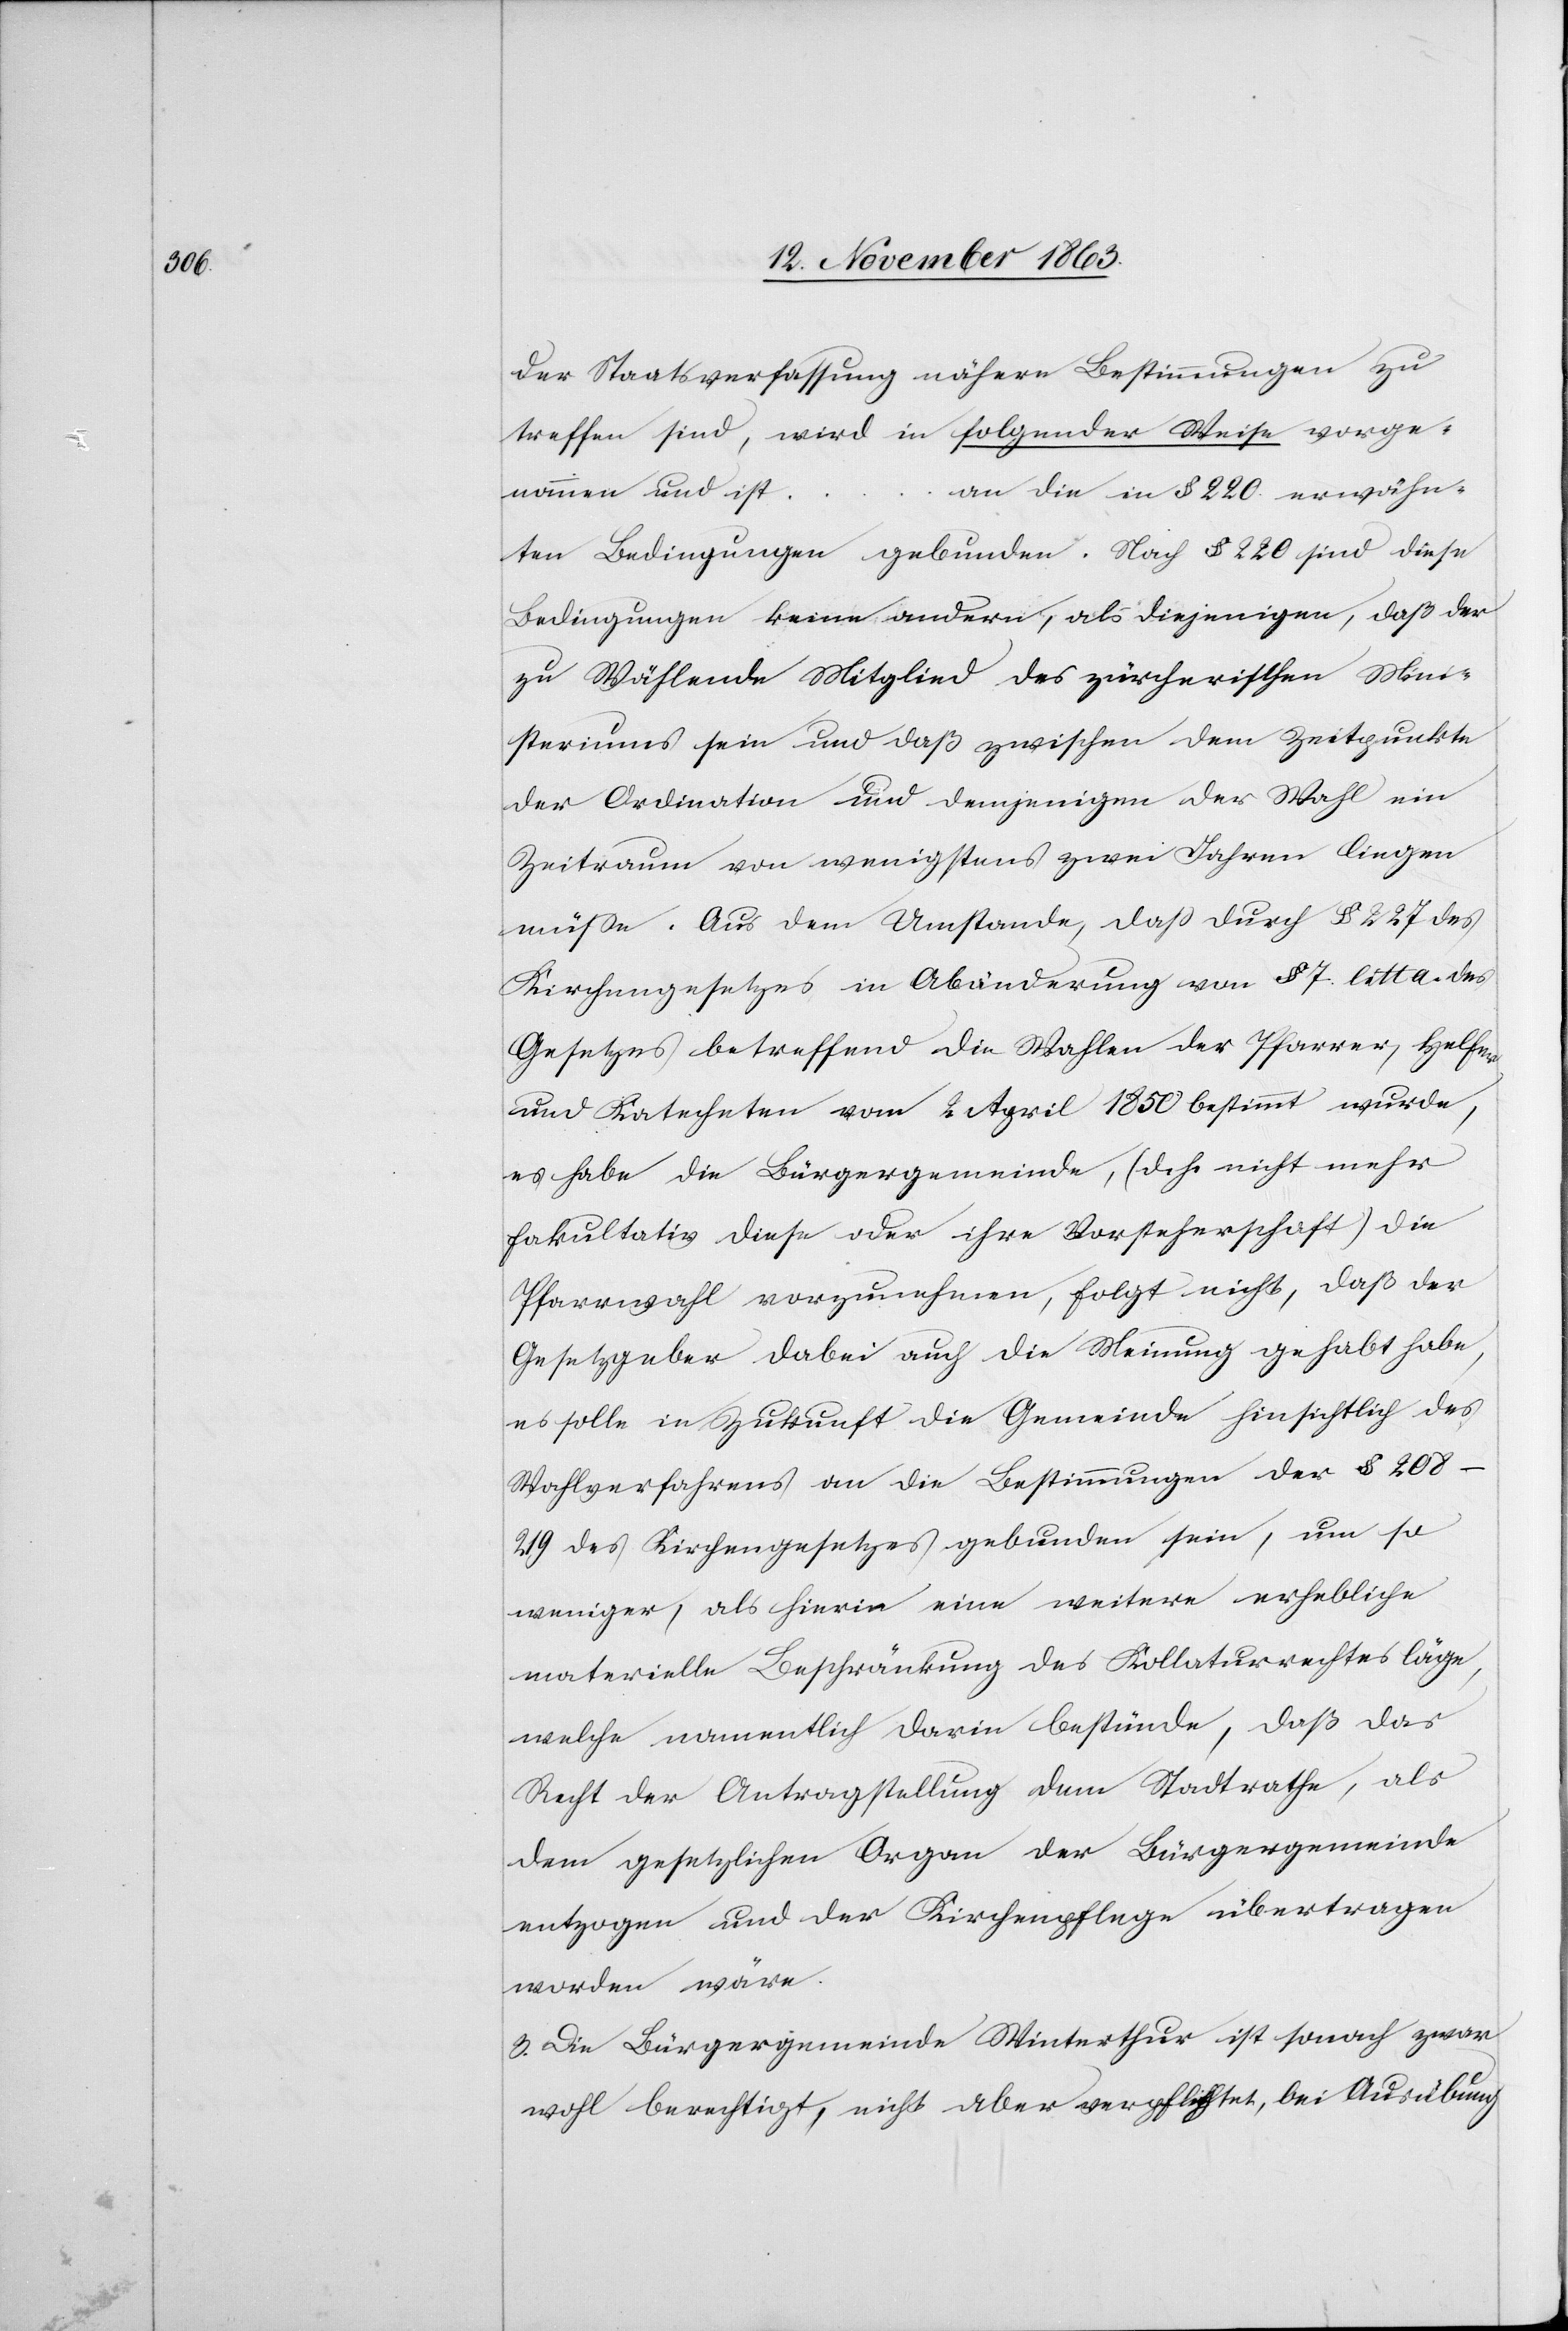
der Staatsverfassung nähere Bestimmungen zu
treffen sind, wird in folgender Weise vorge¬
nommen und ist …
an die in § 220 erwähn¬
ten Bedingungen gebunden. Nach § 220 sind diese
Bedingungen keine andern, als diejenigen, daß der
zu Wählende Mitglied des zürcherischen Mini¬
steriums sein und daß zwischen dem Zeitpunkte
der Ordination und demjenigen der Wahl ein
Zeitraum von wenigstens zwei Jahren liegen
müsse. Aus dem Umstande, dass durch § 227 des
Kirchengesetzes in Abänderung von § 7. litt a. des
Gesetzes betreffend die Wahlen der Pfarrer, Helfer,
und Katecheten vom 2 April 1850 bestimmt wurde,
es habe die Bürgergemeinde, (d. h. nicht mehr
fakultativ diese oder ihre Vorsteherschaft) die
Pfarrwahl vorzunehmen, folgt nicht, daß der
Gesetzgeber dabei auch die Meinung gehabt habe,
es solle in Zukunft die Gemeinde hinsichtlich des
Wahlverfahrens an die Bestimmungen der § 208–219
des Kirchengesetzes gebunden sein, um so
weniger, als hierin eine weitere erhebliche
materielle Beschränkung des Kollaturrechtes läge,
welche namentlich darin bestünde, daß das
Recht der Antragstellung dem Stadtrathe, als
dem gesetzlichen Organ der Bürgergemeinde
entzogen und der Kirchenpflege übertragen
worden wäre.“
3. Die Bürgergemeinde Winterthur ist sonach zwar
wohl berechtigt, nicht aber verpflichtet, bei Ausübung